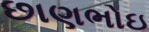
છાણભોઇ